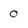
Character: 0